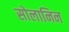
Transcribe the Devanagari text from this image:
सोलानिन